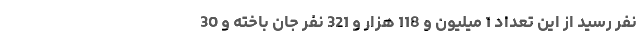
نفر رسید از این تعداد 1 میلیون و 118 هزار و 321 نفر جان باخته و 30